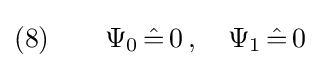
(8)\qquad \Psi _{0}\,{\hat {=}}\,0\,,\quad \Psi _{1}\,{\hat {=}}\,0